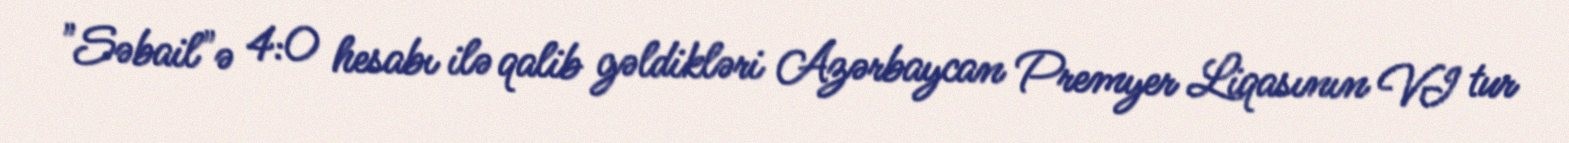
"Səbail"ə 4:0 hesabı ilə qalib gəldikləri Azərbaycan Premyer Liqasının VI tur